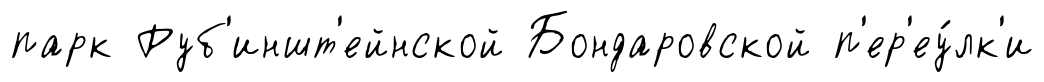
парк Руб'иншт'ейнской Бондаровской п'ер'еу́лк'и